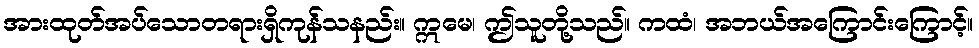
အားထုတ်အပ်သောတရားရှိကုန်သနည်း။ ဣမေ၊ ဤသူတို့သည်။ ကထံ၊ အဘယ်အကြောင်းကြောင့်။